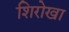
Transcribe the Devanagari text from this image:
शिरोखा